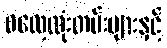
ဓလေ့ထုံးတမ်းများနှင့်